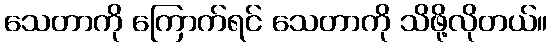
သေတာကို ကြောက်ရင် သေတာကို သိဖို့လိုတယ်။